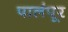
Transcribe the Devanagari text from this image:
पालंपूर